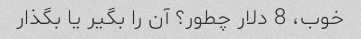
خوب، 8 دلار چطور؟ آن را بگیر یا بگذار